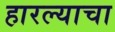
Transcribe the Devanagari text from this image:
हारल्याचा